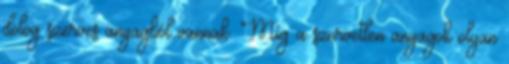
dolog szerves anyagból vannak. Míg a szervetlen anyagok olyan